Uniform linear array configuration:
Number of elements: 8
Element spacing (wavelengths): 0.75
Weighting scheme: hann
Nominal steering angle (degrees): -60
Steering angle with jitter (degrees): -59.563
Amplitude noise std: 0.05
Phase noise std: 0.05

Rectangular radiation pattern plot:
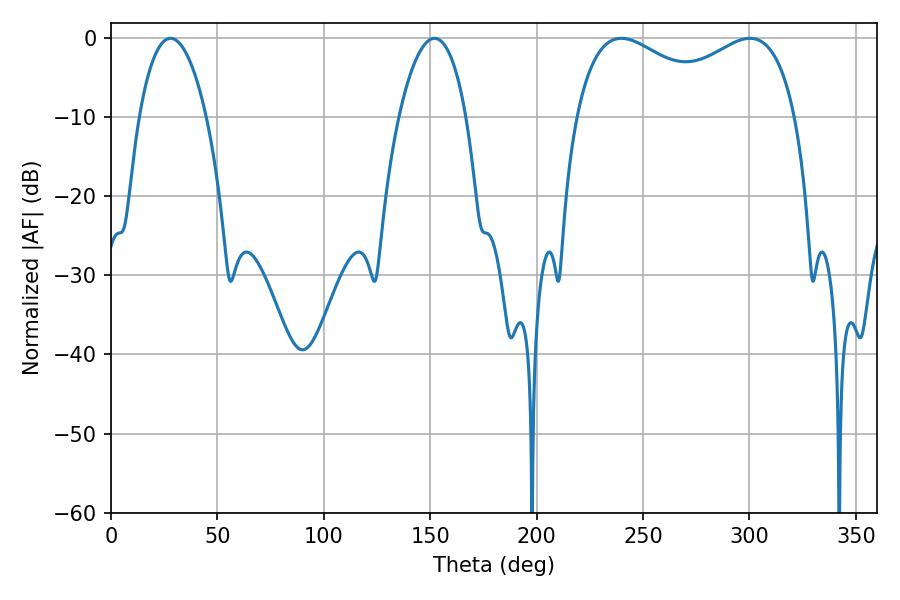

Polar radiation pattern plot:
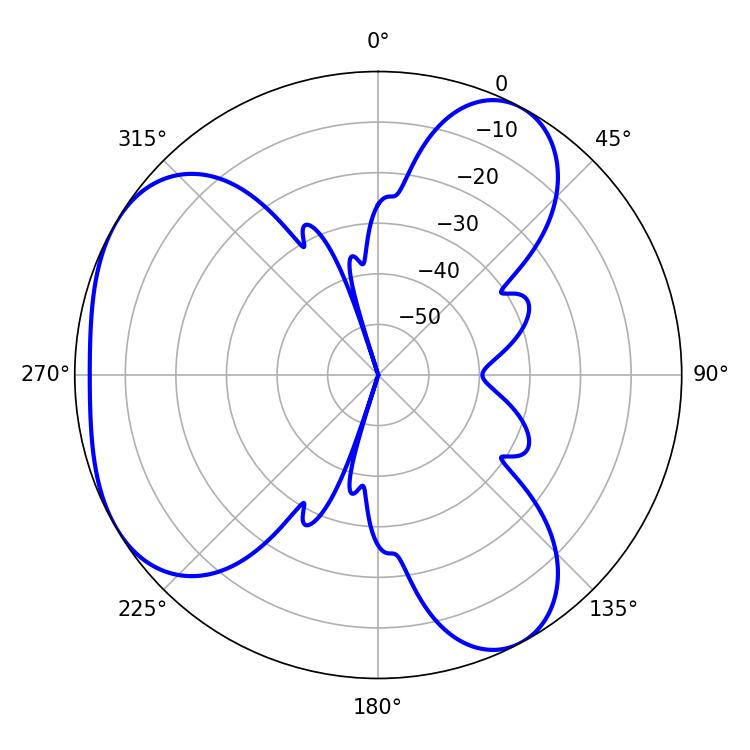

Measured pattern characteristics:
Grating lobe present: TRUE
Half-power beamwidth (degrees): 86.4
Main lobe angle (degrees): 239.76